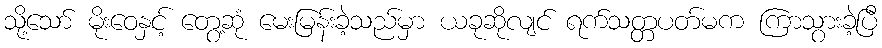
သို့သော် မိုးဝေနှင့် တွေ့ဆုံ မေးမြန်းခဲ့သည်မှာ ယခုဆိုလျင် ရက်သတ္တပတ်မက ကြာသွားခဲ့ပြီ